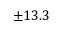
\pm 1 3 . 3